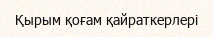
Қырым қоғам қайраткерлері